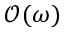
\mathcal O ( \omega )